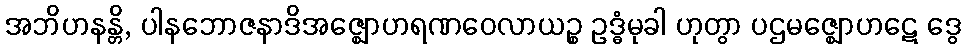
အဘိဟနန္တိ, ပါနဘောဇနာဒိအဇ္ဈောဟရဏဝေလာယဉ္စ ဥဒ္ဓံမုခါ ဟုတွာ ပဌမဇ္ဈောဟဋေ ဒွေ